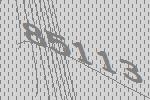
85113